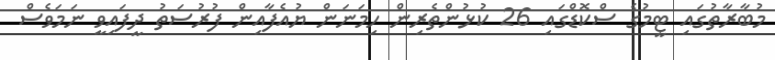
މުބާރާތުގައި ޓީމުގެ ސްކޮޑްގައި 26 ކުޅުންތެރިން ހިމަނަން ޔުއެފާއިން ފުރުސަތު ދީފައިވީ ނަމަވެސް